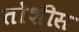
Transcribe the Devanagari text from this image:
तोशीस